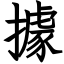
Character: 據